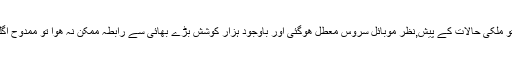
تادیر جگالی کی اور جب پیک پچکارنے کا وقت آیا تو ملکی حالات کے پیش,نظر موبائل سروس معطل ھوگئی اور باوجود ہزار کوشش بڑے بھائی سے رابطہ ممکن نہ ھوا تو ممدوح اگلے چوبیس گھنٹے پیک منہ میں لئے گھومتے رھے۔